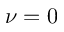
\nu = 0